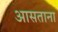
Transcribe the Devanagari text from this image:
आसताना